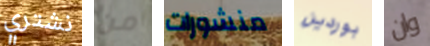
نشتري من منشورات بوردين وان